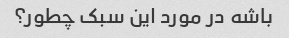
باشه در مورد این سبک چطور؟